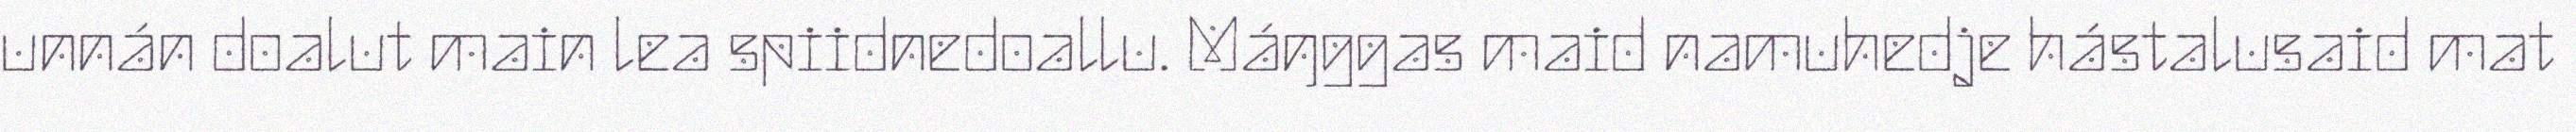
unnán doalut main lea spiidnedoallu. Máŋggas maid namuhedje hástalusaid mat